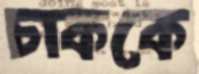
চাককে